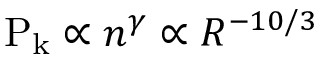
\mathrm { P _ { k } } \propto n ^ { \gamma } \propto R ^ { - 1 0 / 3 }